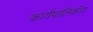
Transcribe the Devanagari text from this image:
कार्यपालिकीय